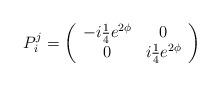
LaTeX: \begin{align*}P_{i}^{j}=\left( \begin{array}{cc}-i{\textstyle{\frac{1}{4}}}e^{2\phi } & 0 \\ 0 & i{\textstyle{\frac{1}{4}}}e^{2\phi }\end{array}\right) \end{align*}